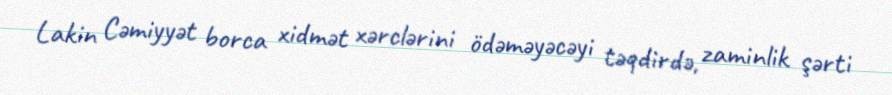
Lakin Cəmiyyət borca xidmət xərclərini ödəməyəcəyi təqdirdə, zaminlik şərti